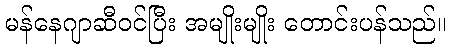
မန်နေဂျာဆီဝင်ပြီး အမျိုးမျိုး တောင်းပန်သည်။